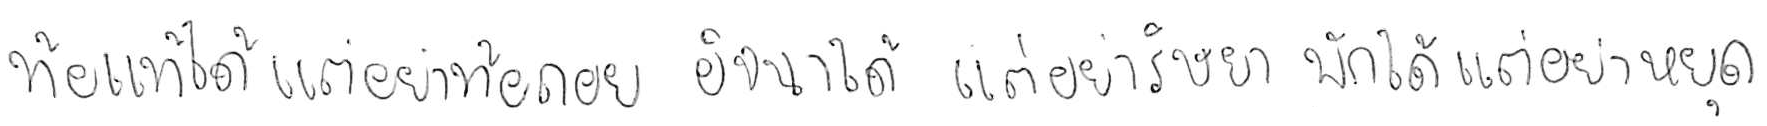
ท้อแท้ได้ แต่อย่าท้อถอย อิจฉาได้ แต่อย่าริษยา พักได้ แต่อย่าหยุด